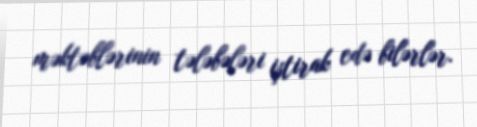
məktəblərinin tələbələri iştirak edə bilərlər.